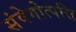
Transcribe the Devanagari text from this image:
संवेगोत्पत्ति